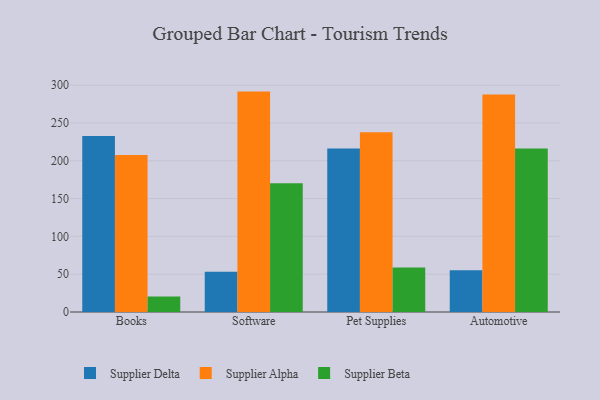
{"axis": {"x": "Category", "y": "Tickets Resolved"}, "legend": ["Supplier Alpha", "Supplier Beta", "Supplier Delta"], "data": [{"x": "Books", "y": 232.9, "type": "Supplier Delta"}, {"x": "Books", "y": 207.8, "type": "Supplier Alpha"}, {"x": "Books", "y": 20.5, "type": "Supplier Beta"}, {"x": "Software", "y": 53.1, "type": "Supplier Delta"}, {"x": "Software", "y": 291.5, "type": "Supplier Alpha"}, {"x": "Software", "y": 170.4, "type": "Supplier Beta"}, {"x": "Pet Supplies", "y": 216.1, "type": "Supplier Delta"}, {"x": "Pet Supplies", "y": 237.9, "type": "Supplier Alpha"}, {"x": "Pet Supplies", "y": 58.9, "type": "Supplier Beta"}, {"x": "Automotive", "y": 55.1, "type": "Supplier Delta"}, {"x": "Automotive", "y": 287.8, "type": "Supplier Alpha"}, {"x": "Automotive", "y": 216.4, "type": "Supplier Beta"}]}